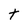
Character: t